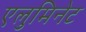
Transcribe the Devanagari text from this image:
एलुमिनेट